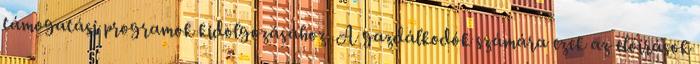
támogatási programok kidolgozásához. A gazdálkodók számára ezek az előírások